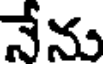
నేను